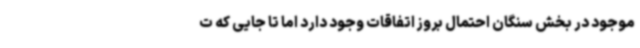
موجود در بخش سنگان احتمال بروز اتفاقات وجود دارد اما تا جایی که ت